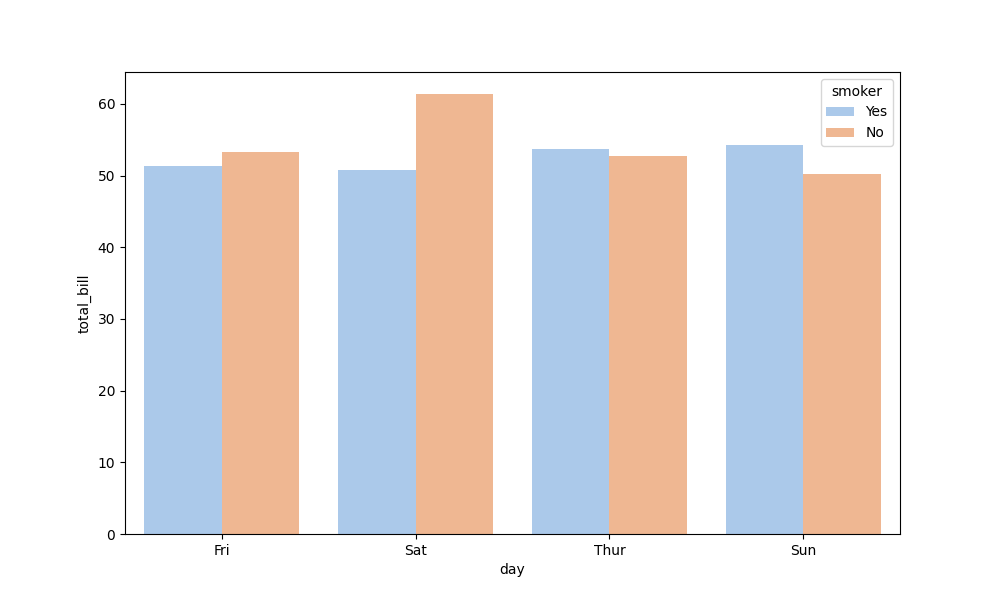
python, seaborn, barplot, hue='smoker', palette='pastel', ci=None, orient='v'